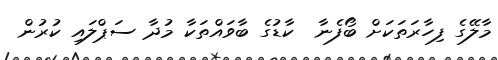
މާލޭގެ ފިހާރަތަކަށް ބޯފެނާ  ކާޑުގެ ބާވައްތަކާ މުދާ ސަޕްލައި ކުރުން